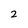
Character: 2